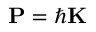
\mathbf { P } = \hbar \mathbf { K }